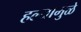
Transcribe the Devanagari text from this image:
हल्यामुळे